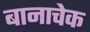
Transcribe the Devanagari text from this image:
बानाचेक